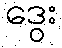
ဒွေး